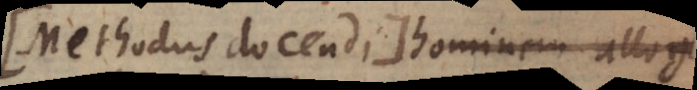
Methodus docendi hominem allog